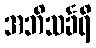
အဘိသင်္ခရိ